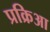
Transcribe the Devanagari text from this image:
प्रक्रिआ